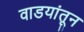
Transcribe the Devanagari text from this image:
वाडयांतून